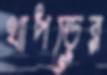
থাপড়ের